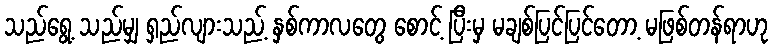
သည်ရွေ့ သည်မျှ ရှည်လျားသည့် နှစ်ကာလတွေ စောင့် ပြီးမှ မချစ်ပြင်ပြင်တော့ မဖြစ်တန်ရာဟု